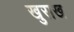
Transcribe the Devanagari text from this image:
खुराख